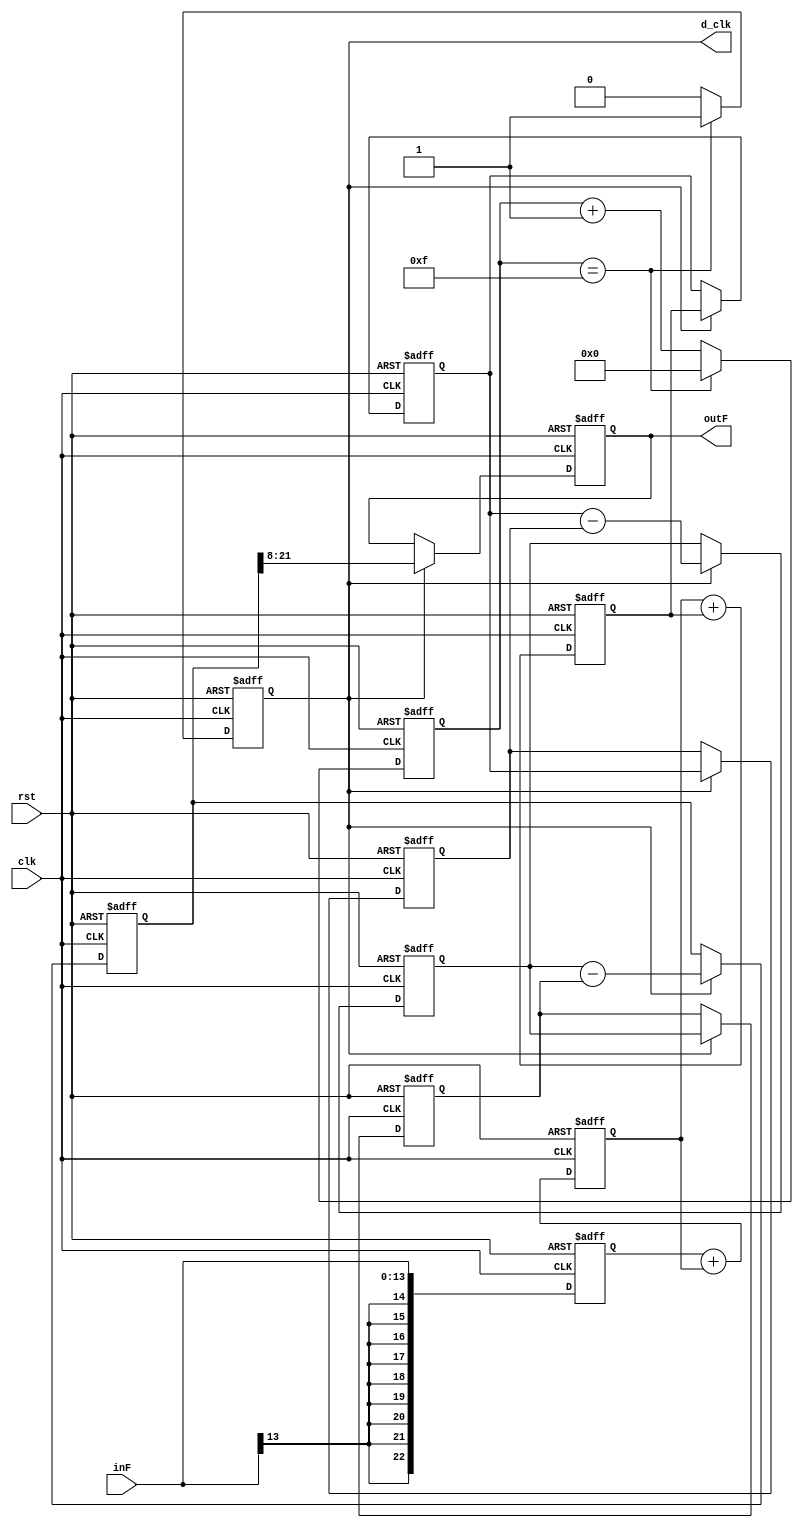
`timescale 1ns / 1ps
//////////////////////////////////////////////////////////////////////////////////
// Company: 
// Engineer: 
// 
// Design Name: 
// Module Name: CIC_v3
// Project Name: 
// Target Devices: 
// Tool Versions: 
// Description: 
// 
// Dependencies: 
// 
// Revision:
// Revision 0.01 - File Created
// Additional Comments:
// 
//////////////////////////////////////////////////////////////////////////////////


module CIC_v3 # (parameter N = 2, parameter R = 16, parameter INPUT_WIDTH = 14, parameter OUTPUT_WIDTH = 14)
(input clk, input rst, input signed [INPUT_WIDTH-1:0] inF, output signed [OUTPUT_WIDTH-1:0] outF, output d_clk);

reg signed [INPUT_WIDTH+N*$clog2(R):0] integratorRegs [N:0];
reg signed [INPUT_WIDTH+N*$clog2(R):0] subtractorRegs [N:0];
reg signed [INPUT_WIDTH+N*$clog2(R):0] subDelayRegs [N:0];
reg [$clog2(R)-1:0] count = 0;
//reg [INPUT_WIDTH+N*$clog2(R):0] scaledCICOut = 0;
reg [OUTPUT_WIDTH-1:0] outputReg = 0;
reg clk_d;
reg init = 0;

localparam TRUNCATION_UP = OUTPUT_WIDTH - (INPUT_WIDTH + N*$clog2(R));
localparam TRUNCATION_DOWN = (INPUT_WIDTH + N*$clog2(R)) - OUTPUT_WIDTH;

assign outF = outputReg;
assign d_clk = clk_d;
    integer i;
    integer j;
    integer k;
    
    always @ (posedge clk or posedge rst) begin
        if(rst) begin
            clk_d <= 0;
			count <= 0;
        end
        else begin
            count <= count + 1;
            if(count == R-1) begin 
                clk_d <= 1'b1;
                count <= 0;
            end
            else clk_d <= 1'b0;
        end
    end
    
    always @ (posedge clk or posedge rst) begin
        //inputExtended = inF;
        if(rst) begin
            $display("reset");
            outputReg <= 0;
            init <= 0;
            for(i=0;i<=N;i=i+1) begin 
                integratorRegs[i] <= 0;
                subtractorRegs[i] <= 0;
                subDelayRegs[i] <= 0;
                end
            end
        else begin
            integratorRegs[0] <= inF;
            //$display("integrator %d", integratorRegs[0]);
            for(j=1;j<=N;j=j+1) begin
                integratorRegs[j] <= integratorRegs[j-1] + integratorRegs[j];
            end
            
            
            //$display("count %b", count);
            if(clk_d) begin
                subtractorRegs[0] <= integratorRegs[N];
                for(k=1;k<=N;k=k+1) begin
                    //$display("subtracting %d",subtractorRegs[k]);
                    subtractorRegs[k] <= subtractorRegs[k-1] - subDelayRegs[k-1];
                    subDelayRegs[k] <= subtractorRegs[k];
                end
                if(TRUNCATION_UP > 0) outputReg <= subtractorRegs[N] <<< TRUNCATION_UP;
                else if(TRUNCATION_DOWN > 0) outputReg <= subtractorRegs[N] >>> TRUNCATION_DOWN;
                else outputReg <= subtractorRegs[N];
                subDelayRegs[0] <= subtractorRegs[0];
            end
        end
    end    
endmodule